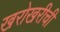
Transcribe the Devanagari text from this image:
खरोखरीची